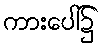
ကားပေါ်၌